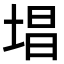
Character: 𪣧